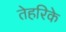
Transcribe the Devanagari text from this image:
तेहरिके